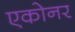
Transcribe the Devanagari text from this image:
एकोनर